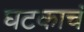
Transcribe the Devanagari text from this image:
घटकाचं